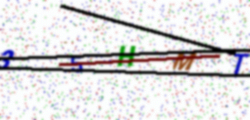
Text: 35HMT